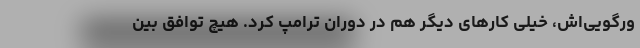
ورگویی‌اش، خیلی کارهای دیگر هم در دوران ترامپ کرد. هیچ توافق بین‌